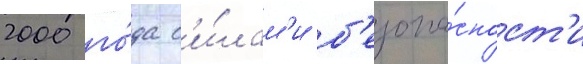
2000 го́да с'и́лам'и б'езопа́сност'и